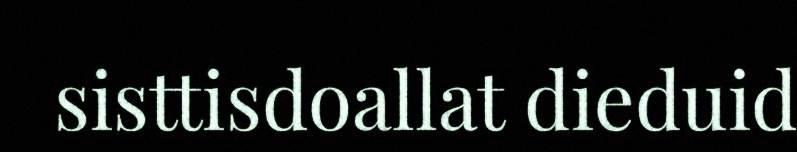
sisttisdoallat dieduid